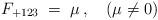
LaTeX: \begin{align*}F_{+123} \;=\; \mu\, ,\quad (\mu \neq 0) \end{align*}